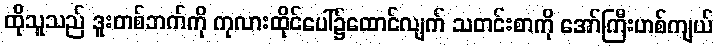
ထိုသူသည် ဒူးတစ်ဘက်ကို ကုလားထိုင်ပေါ်၌ထောင်လျက် သတင်းစာကို အော်ကြီးဟစ်ကျယ်